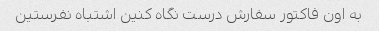
به اون فاکتور سفارش درست نگاه کنین اشتباه نفرستین